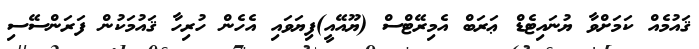
ޤައުމެއް ކަމަށްވާ ޔުނައިޓެޑް ޢަރަބް އެމިރޭޓްސް (ޔޫއޭއީ)ފިޔަވައި އެހެން ހުރިހާ ޤައުމަކުން ފަރަންސޭސި